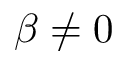
\beta \neq 0